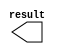
module num_y (
	result);

	output	[9:0]  result;

endmodule